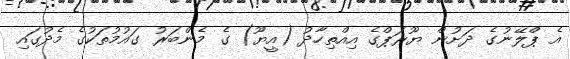
އެ ޕްލޭނުގެ ދަށުން ޔޫރަޕްގެ އިއްތިހާދު (އީޔޫ) ގެ މެންބަރު ގައުމުތަކުގެ މެދުގައި